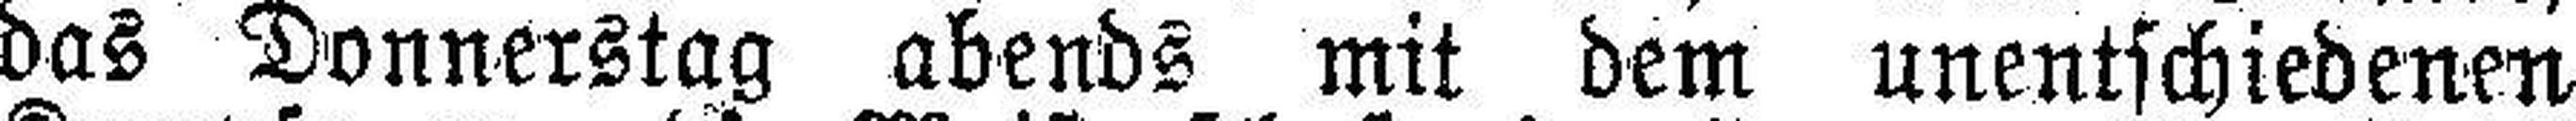
das Donnerstag abends mit dem unentschiedenen